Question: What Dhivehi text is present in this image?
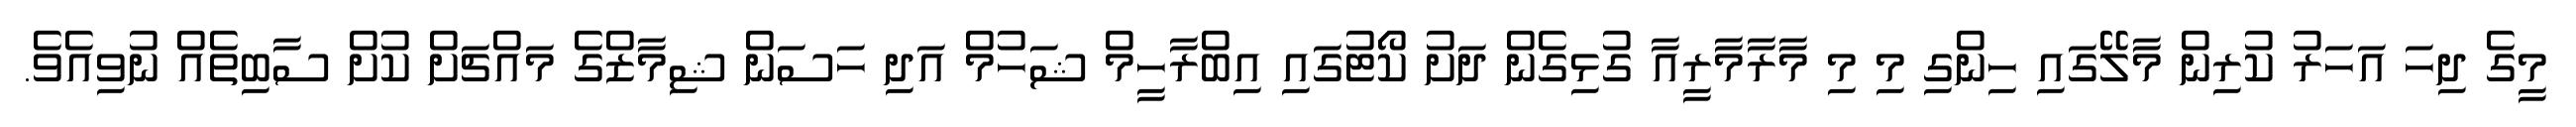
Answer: މީގެ ދިހަ އަހަރު ކުރިން މާލޭގައި ހިންގި މި މި މާރާމާރީއާ ގުޅިގެން ދަށު ކޯޓުގައި އިބްރާހީމް ޝަހުމް އަދި ހަސަން ޝިމާޒްގެ މައްޗަށް ކުށް ސާބިތެއް ނުވިއެވެ.